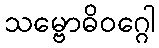
သမ္ဗောဓိဝဂ္ဂေါ